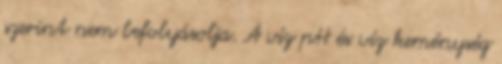
szerint nem befolyásolja. A víz pH és víz keménység